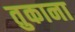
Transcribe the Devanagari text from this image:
तुकाना